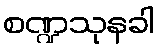
စဏ္ဍသုနခါ